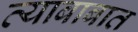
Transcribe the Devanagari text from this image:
त्याबाबात